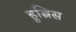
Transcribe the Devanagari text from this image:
हुब्रिस